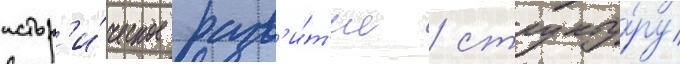
истор'и́ческое разв'и́т'ие / структу́ру